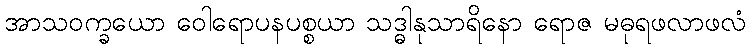
အာသဝက္ခယော ဝေါရောပနပစ္စယာ သဒ္ဓါနုသာရိနော ရောဇ မဓုရဖလာဖလံ